Civil Veterinary Dept. Bombay admin report 1932-41 - 1932-1941
Year: 1932
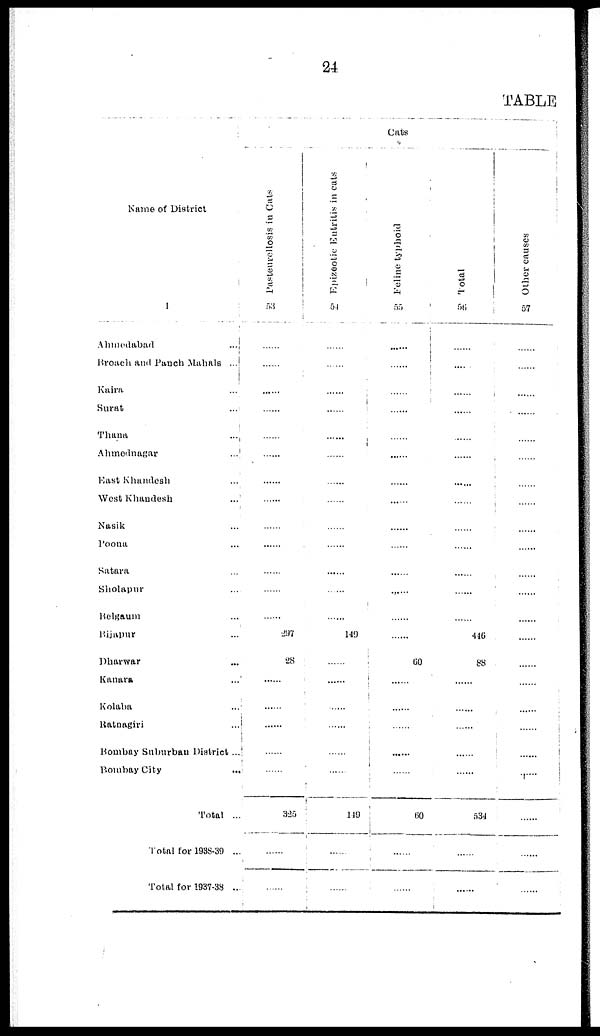
24
TABLE
Name of District
1
Ahmedabad ...
Broach and Panch Mahals ...
Kaira ...
Surat ...
Thana ...
Ahmednagar ...
East Khandesh ...
West Khandesh ...
Nasik ...
Poona ...
Satara ...
Sholapur ...
Belgaum ...
Bijapur ...
Dharwar ...
Kanara ...
Kolaba ...
Ratnagiri ...
Bombay Suburban District ...
Bombay City ...
Total ...
Total for 1938-39 ...
Total for 1937-38 ...
Cats
Pasteurellosis in Cats
53
......
......
......
......
......
......
......
297
28
......
......
......
325
......
......
Epizootic Entritis in cats
54
......
......
......
......
......
......
......
......
......
......
149
......
......
......
......
......
......
149
......
......
Feline typhoid
55
......
......
......
......
......
......
......
......
......
......
......
60
......
......
......
......
60
......
......
Total
56
......
......
......
.......
......
......
......
......
446
88
......
......
......
534
......
......
Other causes
57
......
......
......
......
......
......
....
......
......
......
......
......
......
......
......
......
......
......
......
......
......
......